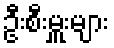
ဦးစီးမှူးများ